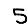
Digit: 5